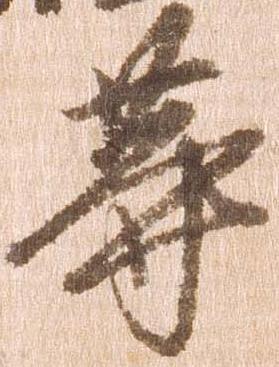
等